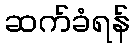
ဆက်ခံရန်